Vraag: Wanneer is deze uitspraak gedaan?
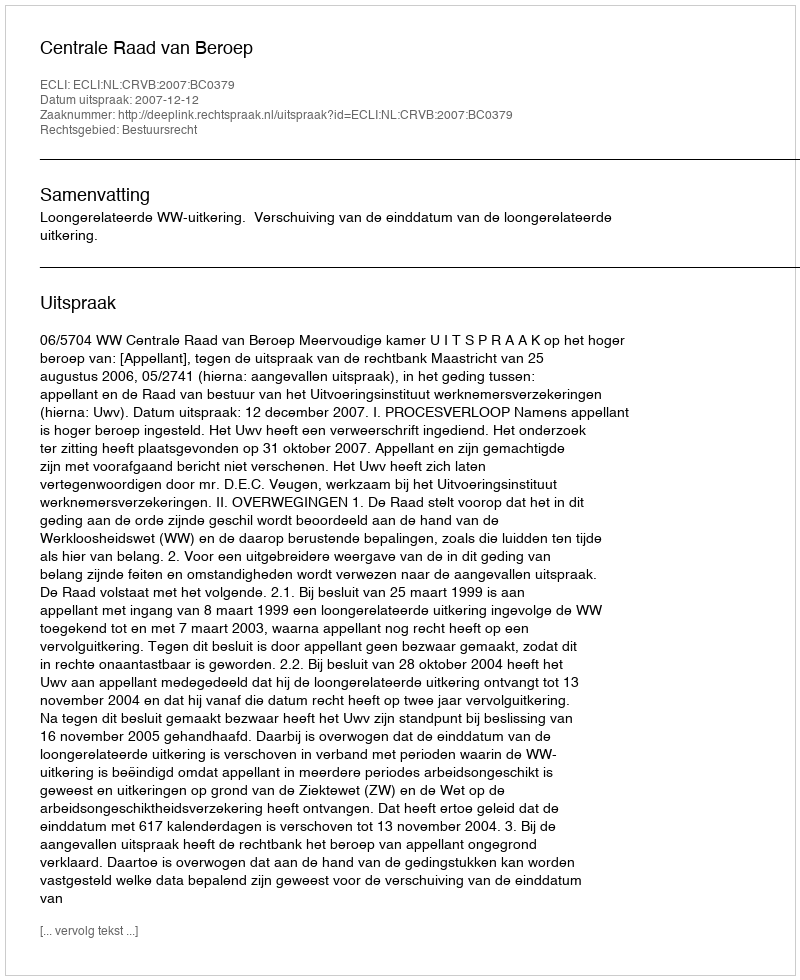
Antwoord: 2007-12-12